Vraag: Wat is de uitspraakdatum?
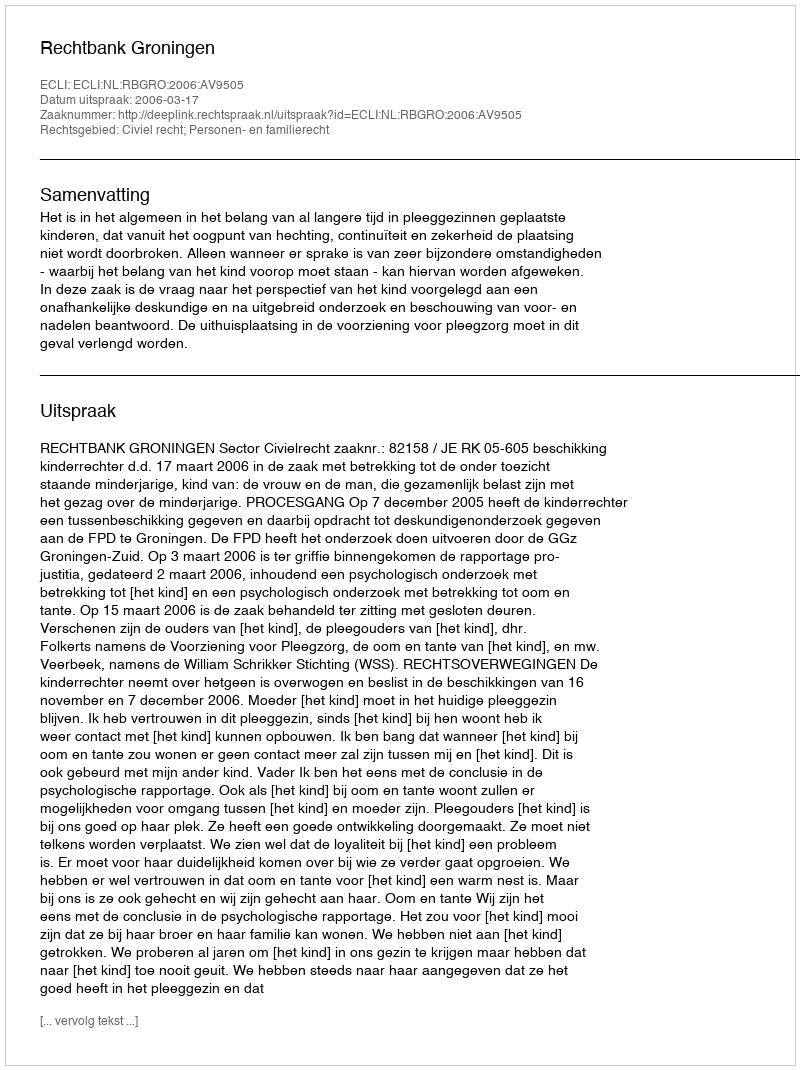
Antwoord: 2006-03-17